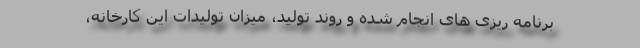
برنامه ریزی های انجام شده و روند تولید، میزان تولیدات این کارخانه،